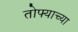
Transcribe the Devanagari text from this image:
तोफ्याच्या